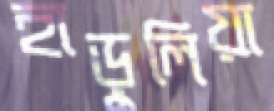
হাড়ুলিয়া